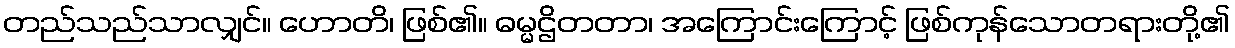
တည်သည်သာလျှင်။ ဟောတိ၊ ဖြစ်၏။ ဓမ္မဌိတတာ၊ အကြောင်းကြောင့် ဖြစ်ကုန်သောတရားတို့၏